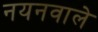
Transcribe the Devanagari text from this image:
नयनवाले